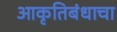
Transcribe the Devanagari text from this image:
आकृतिबंधाचा